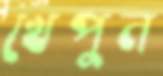
খেপুন